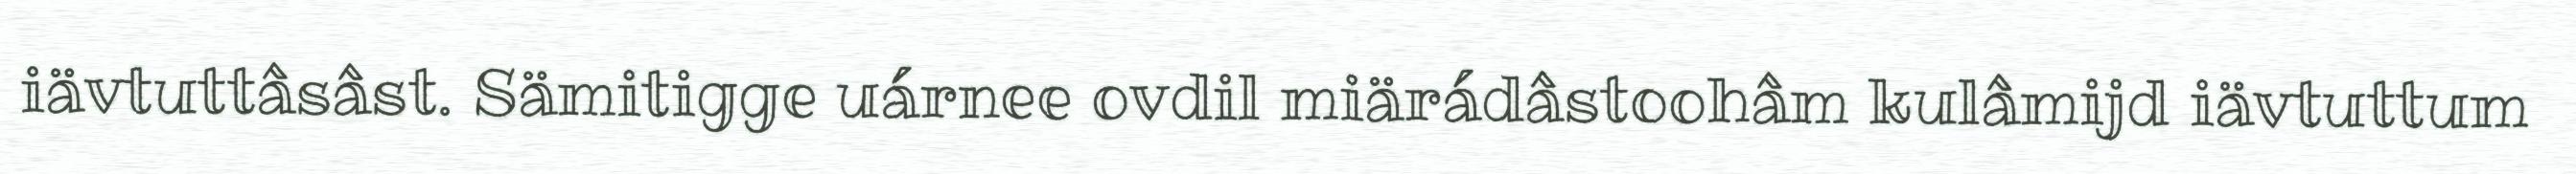
iävtuttâsâst. Sämitigge uárnee ovdil miärádâstoohâm kulâmijd iävtuttum